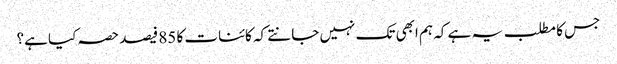
جس کا مطلب یہ ہے کہ ہم ابھی تک نہیں جانتے کہ کائنات کا 85 فیصد حصہ کیا ہے؟